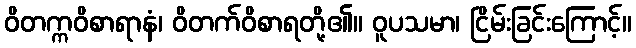
ဝိတက္ကဝိစာရာနံ၊ ဝိတက်ဝိစာရတို့၏။ ဝူပသမာ၊ ငြိမ်းခြင်းကြောင့်။